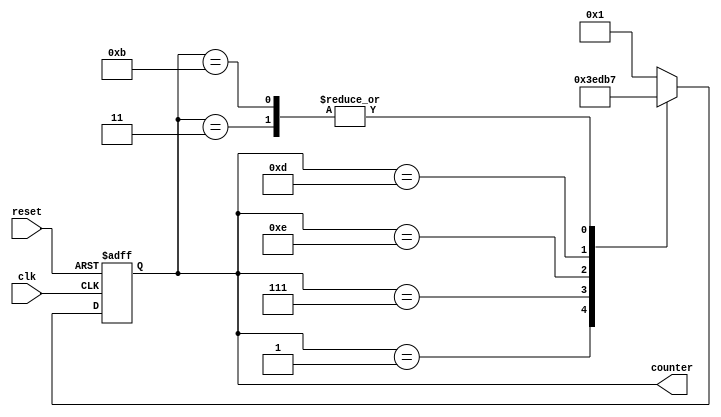
module johnson_counter(
  input clk,
  input reset,
  output reg [3:0] counter
);

reg [3:0] next_state;

always @(posedge clk or posedge reset)
begin
  if (reset)
    counter <= 4'b0000;
  else
    counter <= next_state;
end

always @(*)
begin
  case(counter)
    4'b0000: next_state = 4'b0001;
    4'b0001: next_state = 4'b0011;
    4'b0011: next_state = 4'b0111;
    4'b0111: next_state = 4'b1110;
    4'b1110: next_state = 4'b1101;
    4'b1101: next_state = 4'b1011;
    4'b1011: next_state = 4'b0111;
    default: next_state = 4'b0001;
  endcase
end

endmodule